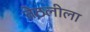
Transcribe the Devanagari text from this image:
तेठलीला